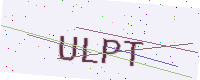
Text: ULPT